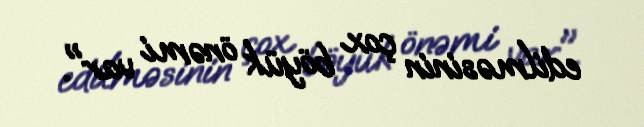
edilməsinin çox böyük önəmi var".